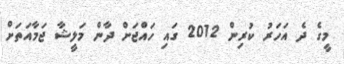
މީގެ ދެ އަހަރު ކުރިން 2012 ގައި ހައްޖަށް ދާން މަލީޝާ ޖަމާއަތަށް